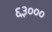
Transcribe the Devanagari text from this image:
६३०००